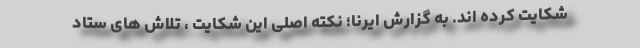
شکایت کرده اند. به گزارش ایرنا؛ نکته اصلی این شکایت ، تلاش های ستاد